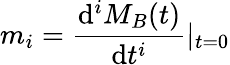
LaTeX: m_{i}=\frac{\mathrm{d}^{i}M_{B}(t)}{\mathrm{d}t^{i}}|_{t=0}